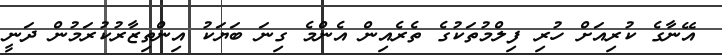
އޭނާގެ ކުރިއަށް ހުރި ފިލްމުތަކުގެ ތެރެއިން އެންމެ ގިނަ ބަޔަކު އިންތިޒާރުކުރަމުން ދަނީ